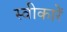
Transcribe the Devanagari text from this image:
स्वीकारें